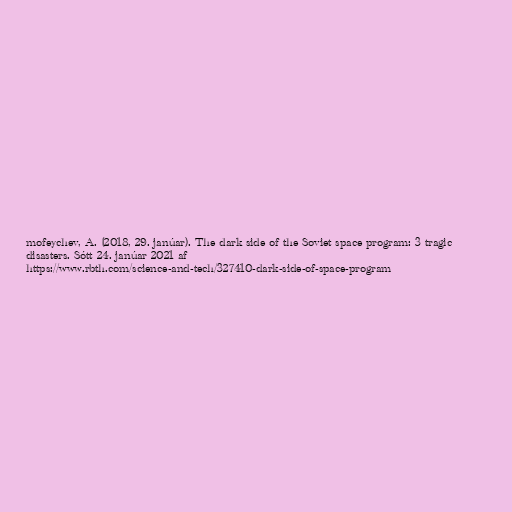
mofeychev, A. (2018, 29. janúar). The dark side of the Soviet space program: 3 tragic
disasters. Sótt 24. janúar 2021 af
https://www.rbth.com/science-and-tech/327410-dark-side-of-space-program